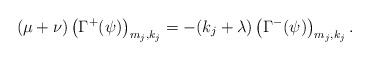
LaTeX: \begin{align*} (\mu + \nu) \left(\Gamma^+ (\psi)\right)_{m_j,k_j} = -(k_j + \lambda ) \left(\Gamma^- (\psi)\right)_{m_j,k_j}. \end{align*}